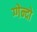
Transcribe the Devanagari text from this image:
ग्गेन्दो